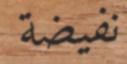
نفيضة